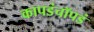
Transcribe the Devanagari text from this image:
कापडंचॉपडं